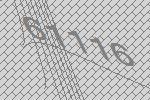
61116